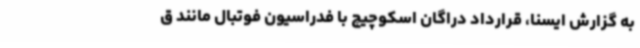
به گزارش ایسنا، قرارداد دراگان اسکوچیچ با فدراسیون فوتبال مانند ق